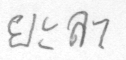
ยะลา